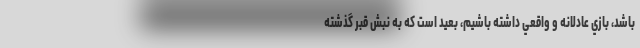
باشد، بازي عادلانه و واقعي داشته باشيم، بعيد است كه به نبش قبر گذشته